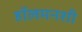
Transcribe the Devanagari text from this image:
हॉलमनशी